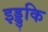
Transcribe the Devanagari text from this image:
इड्डुकि